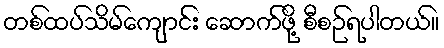
တစ်ထပ်သိမ်ကျောင်း ဆောက်ဖို့ စီစဉ်ရပါတယ်။